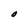
Character: O